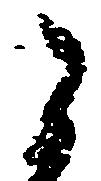
被